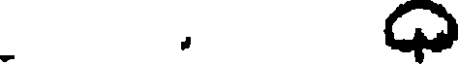
.